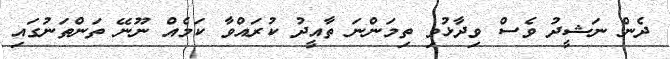
ދެން ނަޝީދު ވެސް ވިދާޅުވި ތިމަންނަ ތާއީދު ކުރައްވާ ކަމެއް ނޫނޭ ތަންތަނުގައި